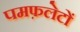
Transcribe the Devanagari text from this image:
पमफ़लेटों